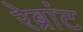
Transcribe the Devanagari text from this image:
रेब्रांट